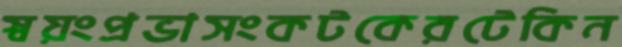
স্বয়ংপ্রভাসংকটকেরটেকিন